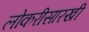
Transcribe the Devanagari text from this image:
लोकरीसारखी